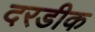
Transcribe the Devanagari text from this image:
दरडीक